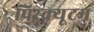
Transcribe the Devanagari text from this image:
प्रिस्क्यूटम